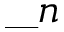
\_ n